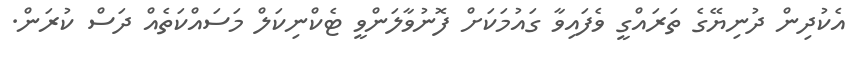
އެކުދިން ދުނިޔޭގެ ތަރައްގީ ވެފައިވާ ގައުމަކަށް ފޮނުވާލަންވީ ޓެކްނިކަލް މަސައްކަތެއް ދަސް ކުރަން.